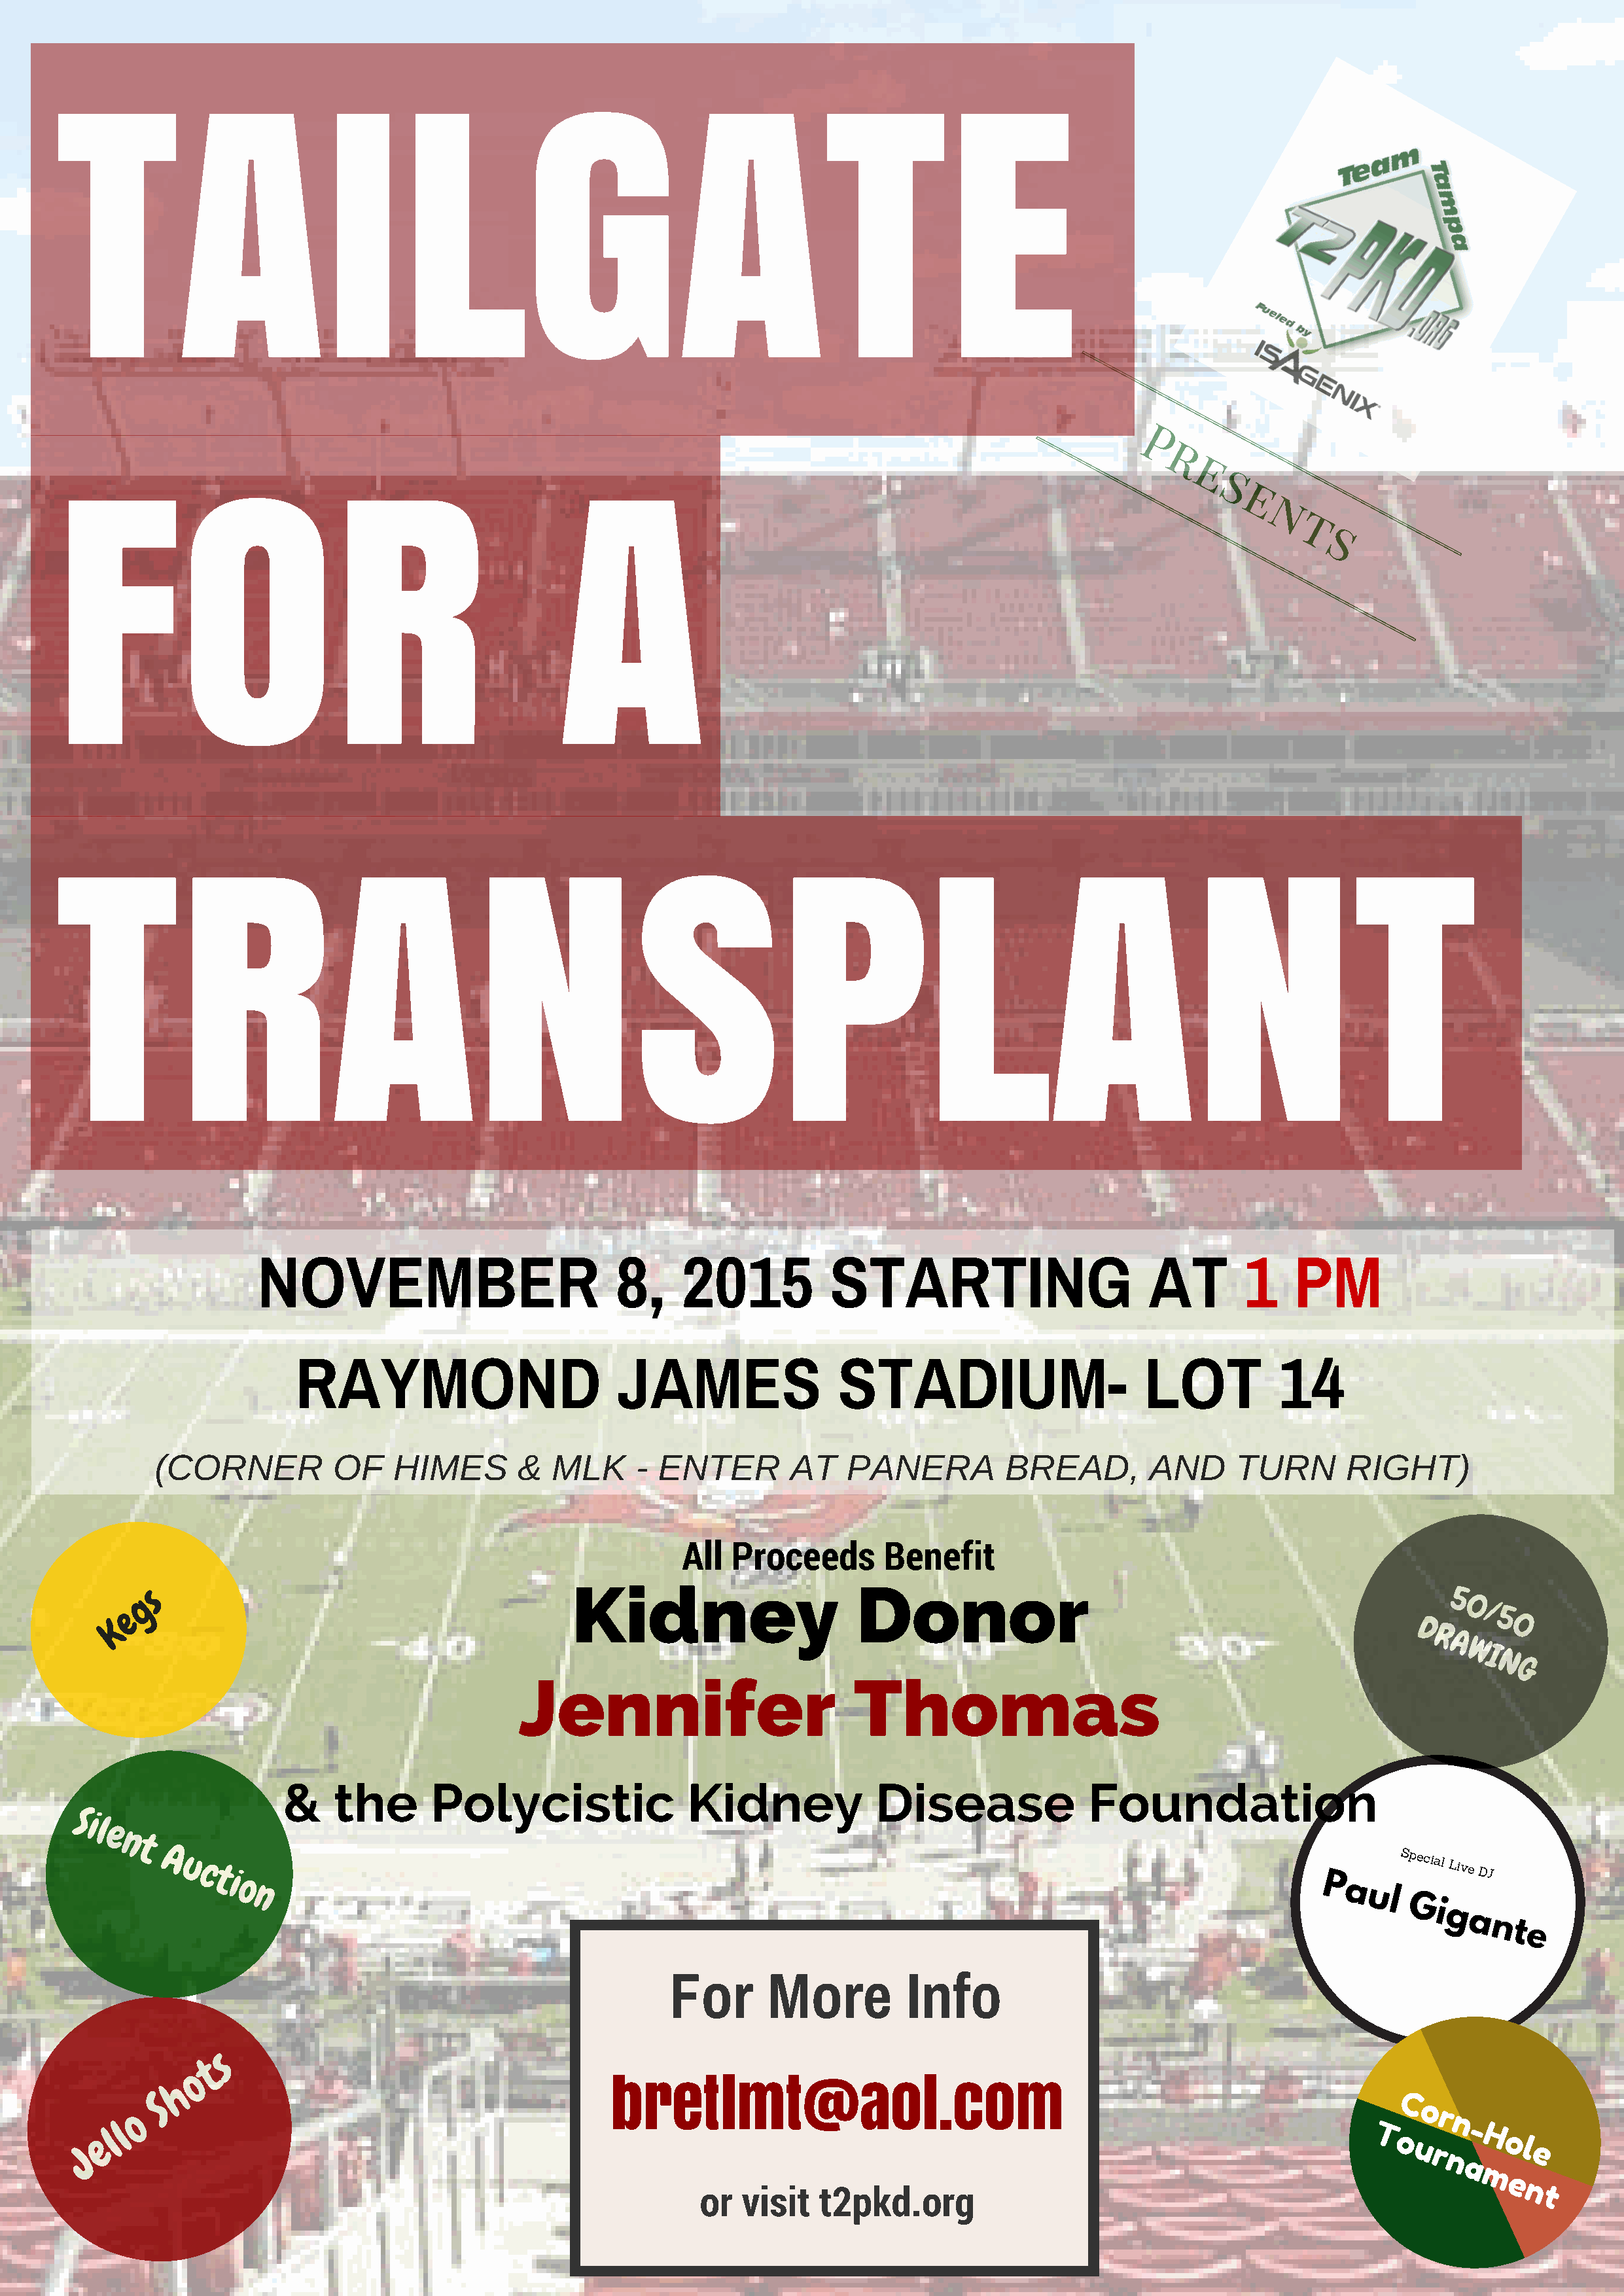
TAILGATE
 P
 r
 e
 s
 e
 n
 t
 FOR                                                A                                                                           s
 TRANSPLANT
 NOVEMBER                            8,     2015           STARTING                        AT        1    PM
 RAYMOND                         JAMES                  STADIUM-                       LOT          14
 (CORNER           OF    HIMES       &   MLK     -  ENTER        AT    PANERA          BREAD,        AND      TURN       RIGHT)
 All  Proceeds       Benefit
 s                                          Kidney                       Donor
 g                                                                                                                                   5
 0
 e                                                                                                                                         / 5
 K                                                                                                                                   D        0
 R
 A
 W
 I
 N
 G
 Jennifer                          Thomas
 &    the       Polycistic                Kidney             Disease              Foundation
 Sil
 e
 n
 t
 A
 u c
 ti
 Special
 Live
 DJ
 o                                                                                                             P
 n                                                                                                              a ul
 Gi
 g
 a
 nt
 e
 For       More          Info
 s
 t
 o
 h
 bretlmt@aol.com
 S                                                                                                                            C
 o
 o                                                                                                                                   r
 n
 l                                                                                                                                       -
 l                                                                                                                              T           H
 J
 e                                                                                                                                  o
 u r
 ol
 e
 n
 a
 m
 e
 n
 or  visit   t2pkd.org                                                                t